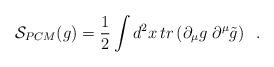
LaTeX: \begin{align*}{\cal S}_{PCM}(g)= {\frac{1}{2}} \int d^2 x \,tr \left( \partial_\mu g\;\partial^\mu \tilde{g} \right)\;\;.\end{align*}